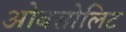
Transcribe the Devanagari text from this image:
ओबसोलिट